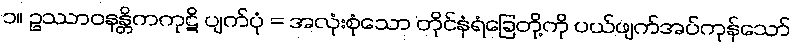
၁။ ဥဿာဝနန္တိကကုဋိ ပျက်ပုံ = အလုံးစုံသော တိုင်နံရံခြေတို့ကို ပယ်ဖျက်အပ်ကုန်သော်